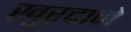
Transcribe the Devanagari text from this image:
खुरदाने